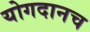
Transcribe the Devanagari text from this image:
योगदानच